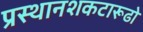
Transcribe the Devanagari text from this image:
प्रस्थानशकटारूढो